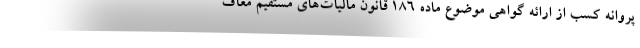
پروانه کسب از ارائه گواهی موضوع ماده ۱۸۶ قانون مالیات‌های مستقیم معاف